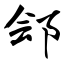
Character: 郐